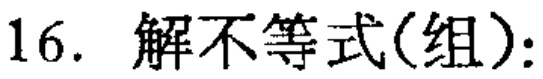
16. 解不等式(组):